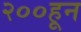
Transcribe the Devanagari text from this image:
२००हून